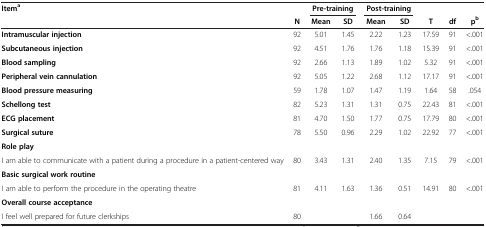
<table><thead><tr><td rowspan="2"><b>Item<sup>a</sup></b></td><td><b> </b></td><td colspan="2"><b>Pre-training</b></td><td colspan="2"><b>Post-training</b></td><td><b> </b></td><td><b> </b></td><td><b> </b></td></tr><tr><td><b>N</b></td><td><b>Mean</b></td><td><b>SD</b></td><td><b>Mean</b></td><td><b>SD</b></td><td><b>T</b></td><td><b>df</b></td><td><b>p<sup>b</sup></b></td></tr></thead><tbody><tr><td><b>Intramuscular injection</b></td><td>92</td><td>5.01</td><td>1.45</td><td>2.22</td><td>1.23</td><td>17.59</td><td>91</td><td>&lt;.001</td></tr><tr><td><b>Subcutaneous injection</b></td><td>92</td><td>4.51</td><td>1.76</td><td>1.76</td><td>1.18</td><td>15.39</td><td>91</td><td>&lt;.001</td></tr><tr><td><b>Blood sampling</b></td><td>92</td><td>2.66</td><td>1.13</td><td>1.89</td><td>1.02</td><td>5.32</td><td>91</td><td>&lt;.001</td></tr><tr><td><b>Peripheral vein cannulation</b></td><td>92</td><td>5.05</td><td>1.22</td><td>2.68</td><td>1.12</td><td>17.17</td><td>91</td><td>&lt;.001</td></tr><tr><td><b>Blood pressure measuring</b></td><td>59</td><td>1.78</td><td>1.07</td><td>1.47</td><td>1.19</td><td>1.64</td><td>58</td><td>.054</td></tr><tr><td><b>Schellong test</b></td><td>82</td><td>5.23</td><td>1.31</td><td>1.31</td><td>0.75</td><td>22.43</td><td>81</td><td>&lt;.001</td></tr><tr><td><b>ECG placement</b></td><td>81</td><td>4.70</td><td>1.50</td><td>1.77</td><td>0.75</td><td>17.79</td><td>80</td><td>&lt;.001</td></tr><tr><td><b>Surgical suture</b></td><td>78</td><td>5.50</td><td>0.96</td><td>2.29</td><td>1.02</td><td>22.92</td><td>77</td><td>&lt;.001</td></tr><tr><td colspan="9"><b>Role play</b></td></tr><tr><td>I am able to communicate with a patient during a procedure in a patient-centered way</td><td>80</td><td>3.43</td><td>1.31</td><td>2.40</td><td>1.35</td><td>7.15</td><td>79</td><td>&lt;.001</td></tr><tr><td colspan="9"><b>Basic surgical work routine</b></td></tr><tr><td>I am able to perform the procedure in the operating theatre</td><td>81</td><td>4.11</td><td>1.63</td><td>1.36</td><td>0.51</td><td>14.91</td><td>80</td><td>&lt;.001</td></tr><tr><td colspan="9"><b>Overall course acceptance</b></td></tr><tr><td>I feel well prepared for future clerkships</td><td>80</td><td> </td><td> </td><td>1.66</td><td>0.64</td><td> </td><td> </td><td> </td></tr></tbody></table>